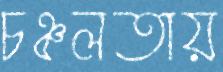
চঞ্চলতায়